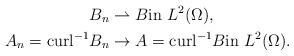
LaTeX: \begin{align*}B_n&\rightharpoonup B\textrm{in}\ L^{2}(\Omega),\\A_n=\textrm{curl}^{-1}B_n&\to A=\textrm{curl}^{-1}B \textrm{in}\ L^{2}(\Omega).\end{align*}